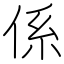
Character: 係